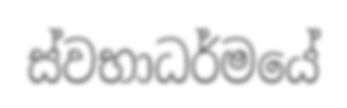
ස්වභාධර්මයේ